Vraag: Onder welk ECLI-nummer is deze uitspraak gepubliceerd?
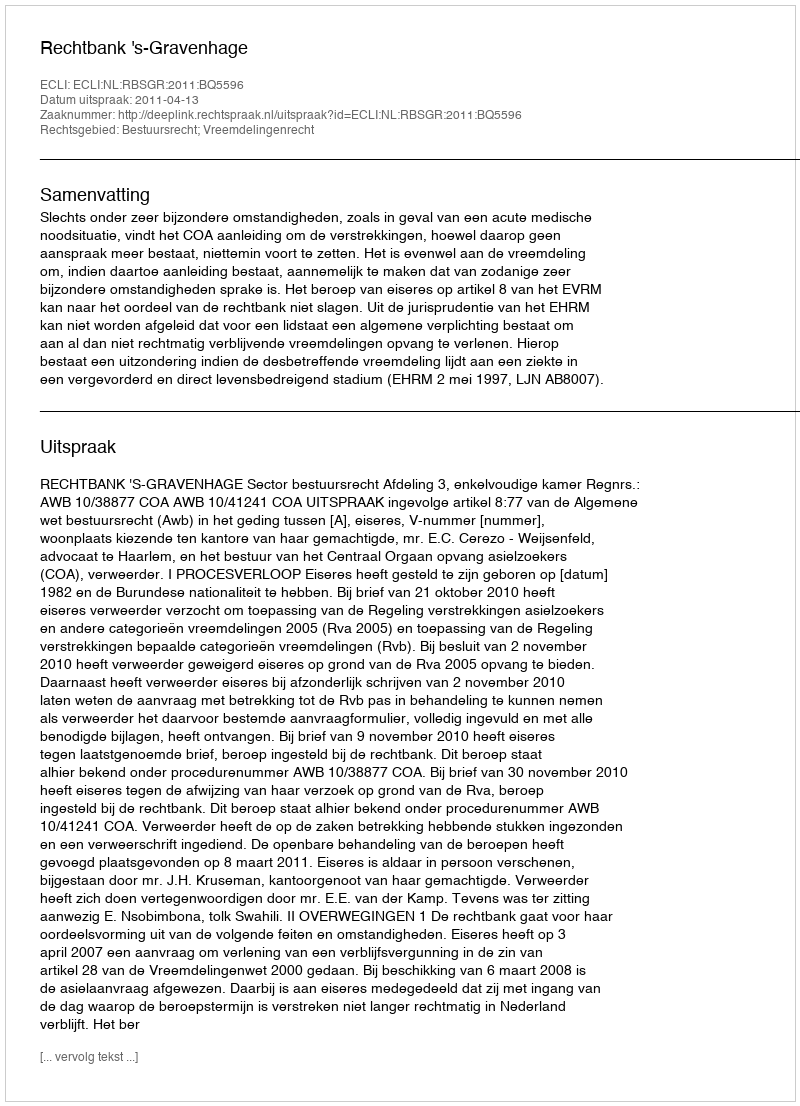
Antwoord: ECLI:NL:RBSGR:2011:BQ5596